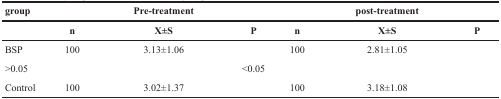
<table><thead><tr><td><b>group</b></td><td></td><td><b>Pre-treatment</b></td><td></td><td></td><td><b>post-treatment</b></td><td></td></tr></thead><tbody><tr><td></td><td><b>n</b></td><td><b>X±S</b></td><td><b>P</b></td><td><b>n</b></td><td><b>X±S</b></td><td><b>P</b></td></tr><tr><td>BSP</td><td>100</td><td>3.13±1.06</td><td></td><td>100</td><td>2.81±1.05</td><td></td></tr><tr><td>&gt;0.05</td><td></td><td></td><td>&lt;0.05</td><td></td><td></td><td></td></tr><tr><td>Control</td><td>100</td><td>3.02±1.37</td><td></td><td>100</td><td>3.18±1.08</td><td></td></tr></tbody></table>